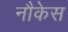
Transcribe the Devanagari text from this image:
नौकेस